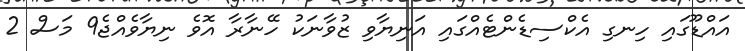
އައްޑޫގައި ހިނގި އެކްސިޑެންޓެއްގައި އަނިޔާވި ޒުވާނަކު ހޭނާރާ އޮވެ ނިޔާވެއްޖެ9 މަސް 2